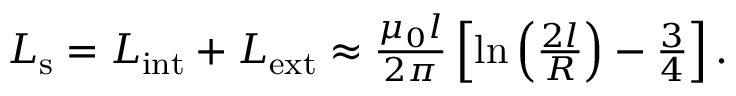
\begin{array} { r } { L _ { \mathrm { s } } = L _ { \mathrm { i n t } } + L _ { \mathrm { e x t } } \approx \frac { \mu _ { 0 } l } { 2 \pi } \left[ \ln \left( \frac { 2 l } { R } \right) - \frac { 3 } { 4 } \right] . } \end{array}